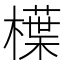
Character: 𣜿